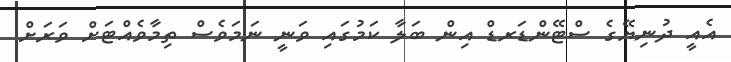
އެއީ ދުނިޔޭގެ ސްޓޭންޑަރޑް އިން ބަލާ ކަމުގައި ވަނީ ނަމަވެސް ތިމާވެއްޓަށް ވަރަށް